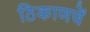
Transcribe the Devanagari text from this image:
ठिकाणचें